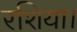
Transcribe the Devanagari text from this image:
रशिया।